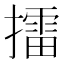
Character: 擂